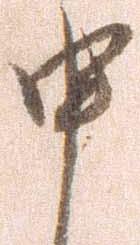
申